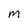
Character: m